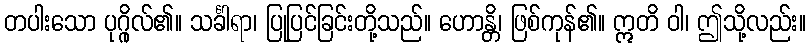
တပါးသော ပုဂ္ဂိုလ်၏။ သင်္ခါရာ၊ ပြုပြင်ခြင်းတို့သည်။ ဟောန္တိ၊ ဖြစ်ကုန်၏။ ဣတိ ဝါ၊ ဤသို့လည်း။